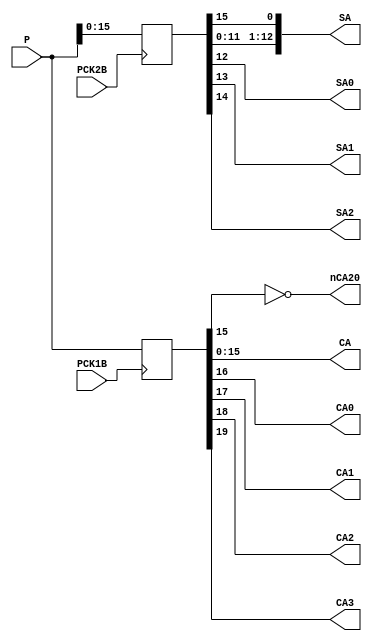
// SNK NEO-273 chip logic
// Part of SNKVerilog
// 2016 furrtek

module NEO273 (
	input [19:0] P,
	output [20:5] CA,
	output CA0,
	output CA1,
	output CA2,
	output CA3,
	output [16:4] SA,
	output SA0,
	output SA1,
	output SA2,
	output nCA20,
	input PCK1B,
	input PCK2B
	);
	
	reg [19:0] C_LATCH;
	reg [15:0] S_LATCH;
	
	assign {CA3,CA2,CA1,CA0,CA[20:5]} = C_LATCH;
	assign {SA[4],SA2,SA1,SA0,SA[16:5]} = S_LATCH;
	assign nCA20 = ~CA[20];
	
	always @(posedge PCK1B)
	  C_LATCH <= P;
	
	always @(posedge PCK2B)
	  S_LATCH <= P[15:0];

endmodule